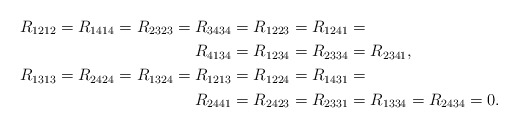
\begin{align*} R_{1212}=R_{1414}=R_{2323}=R_{3434}&=R_{1223}=R_{1241}=\\R_{4134}&=R_{1234}=R_{2334}= R_{2341},\\R_{1313}=R_{2424}=R_{1324}=R_{1213}&=R_{1224}=R_{1431}=\\R_{2441}&=R_{2423}=R_{2331}=R_{1334}=R_{2434}=0.\end{align*}